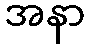
အနာ